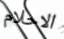
الاحلام